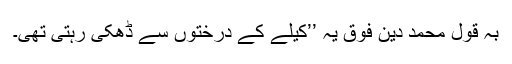
بہ قول محمد دین فوق یہ ’’کیلے کے درختوں سے ڈھکی رہتی تھی۔